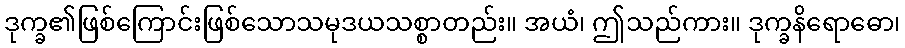
ဒုက္ခ၏ဖြစ်ကြောင်းဖြစ်သောသမုဒယသစ္စာတည်း။ အယံ၊ ဤသည်ကား။ ဒုက္ခနိရောဓော၊